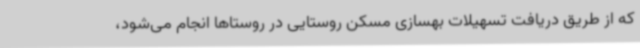
که از طریق دریافت تسهیلات بهسازی مسکن روستایی در روستاها انجام می‌شود،